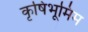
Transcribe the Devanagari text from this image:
कृषिभूमिम